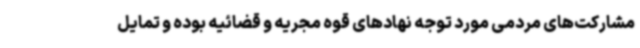
مشارکت‌های مردمی مورد توجه نهادهای قوه مجریه و قضائیه بوده و تمایل